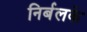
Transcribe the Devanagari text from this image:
निर्बलके